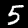
Digit: 5